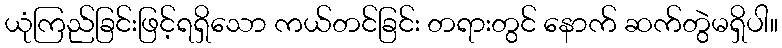
ယုံကြည်ခြင်းဖြင့်ရရှိသော ကယ်တင်ခြင်း တရားတွင် နောက် ဆက်တွဲမရှိပါ။